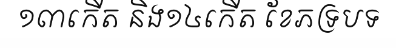
១៣កើត និង១៤កើត ខែភទ្របទ